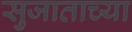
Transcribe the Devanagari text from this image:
सुजाताच्या